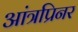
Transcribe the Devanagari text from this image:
आंत्रप्रिनर